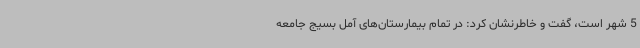
5 شهر است، گفت و خاطرنشان کرد:‌ در تمام بیمارستان‌های آمل بسیج جامعه